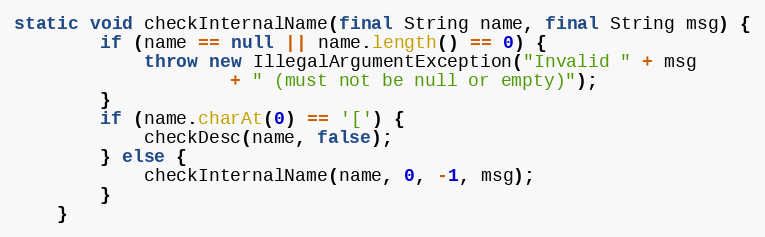
Language: Java
static void checkInternalName(final String name, final String msg) {
        if (name == null || name.length() == 0) {
            throw new IllegalArgumentException("Invalid " + msg
                    + " (must not be null or empty)");
        }
        if (name.charAt(0) == '[') {
            checkDesc(name, false);
        } else {
            checkInternalName(name, 0, -1, msg);
        }
    }